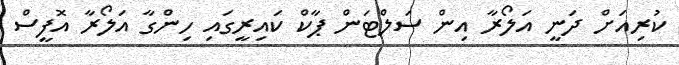
ކުރިއަށް ދަނީ އަލޯރާ އިން ސަލްޓަން ޕާކް ކައިރީގައި ހިންގާ އަލޯރާ އޮފީސް